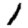
Digit: 1